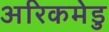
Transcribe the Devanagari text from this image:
अरिकमेडु